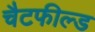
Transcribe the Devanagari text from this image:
चैटफील्ड